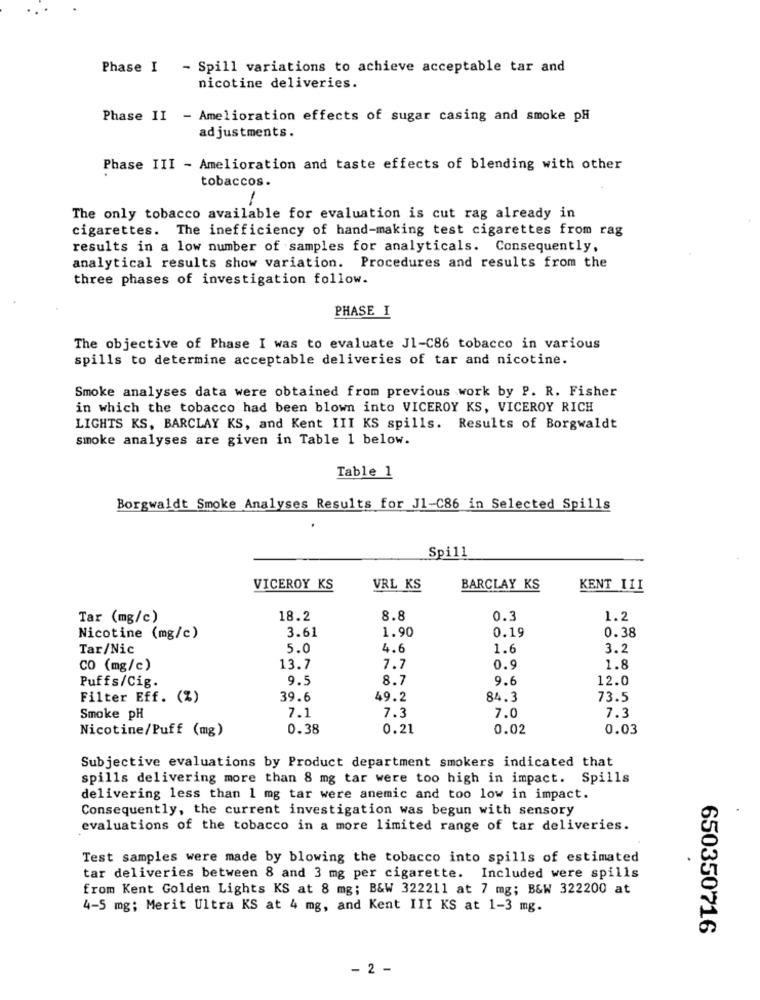
Phase I - Spill variations to achieve acceptable tar and
nicotine deliveries.
Phase II - Amelioration effects of sugar casing and smoke pH
adjustments.
Phase III - Amelioration and taste effects of blending with other
tobaccos.
The only tobacco available for evaluation is cut rag already in
cigarettes. The inefficiency of hand-making test cigarettes from rag
results in a low number of samples for analyticals. Consequently,
analytical results show variation. Procedures and results from the
three phases of investigation follow.
PHASE I
The objective of Phase I was to evaluate J1-C86 tobacco in various
spills to determine acceptable deliveries of tar and nicotine.
Smoke analyses data were obtained from previous work by P. R. Fisher
in which the tobacco had been blown into VICEROY KS, VICEROY RICH
LIGHTS KS, BARCLAY KS, and Kent III KS spills. Results of Borgwaldt
smoke analyses are given in Table 1 below.
Table 1
Borgwaldt Smoke Analyses Results for J1-C86 in Selected Spills
Spill
VICEROY KS
VRL KS
BARCLAY KS
KENT III
Tar (mg/c)
18.2
8.8
0.3
1.2
3.61
1.90
0.19
0.38
Nicotine (mg/c)
Tar/Nic
5.0
4.6
1.6
3.2
CO (mg/c)
13.7
7.7
0.9
1.8
9.5
8.7
9.
12.0
Puffs/Cig.
Filter Eff. (%)
39.6
49.2
84.3
73.5
7.1
7.3
7.3
Smoke pH
7.0
Nicotine/Puff (mg)
0.38
0.21
0.02
0.03
Subjective evaluations by Product department smokers indicated that
spills delivering more than 8 mg tar were too high in impact. Spills
delivering less than 1 mg tar were anemic and too low in impact.
Consequently, the current investigation was begun with sensory
evaluations of the tobacco in a more limited range of tar deliveries.
Test samples were made by blowing the tobacco into spills of estimated
tar deliveries between 8 and 3 mg per cigarette. Included were spills
from Kent Golden Lights KS at 8 mg; B&W 322211 at 7 mg; B&W 322200 at
4-5 mg; Merit Ultra KS at 4 mg, and Kent III KS at 1-3 mg.
650350716
- 2 -